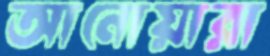
আনোয়ারা